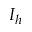
I _ { h }